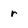
Character: r